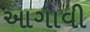
આગાવી